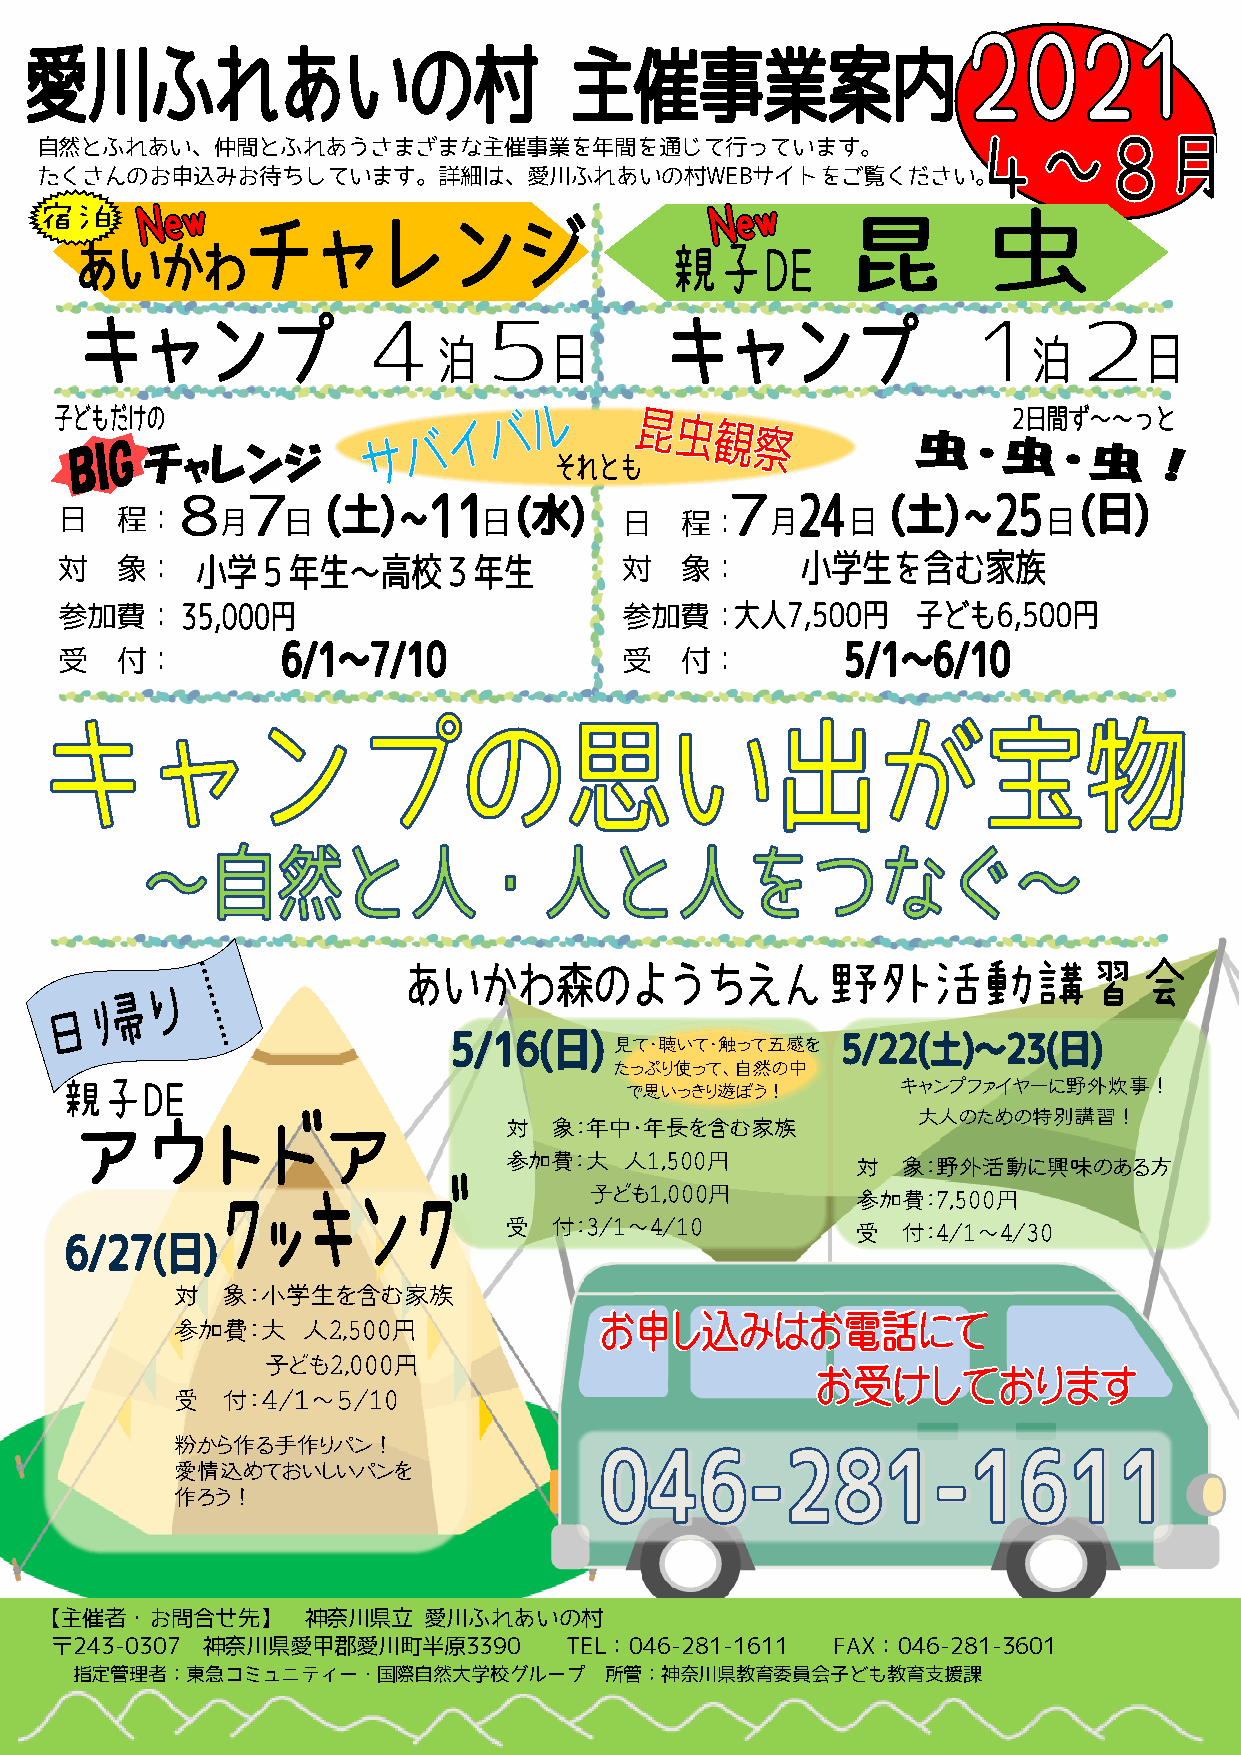
自然とふれあい、仲間とふれあうさまざまな主催事業を年間を通じて行っています。
 たくさんのお申込みお待ちしています。詳細は、愛川ふれあいの村WEBサイトをご覧ください。
 日   程：                               日   程：
 対   象：                               対   象：
 参加費：                                 参加費：
 受   付：                               受   付：
 見て・聴いて・触って五感を
 たっぷり使って、自然の中
 で思いっきり遊ぼう！
 キャンプファイヤーに野外炊事！
 大人のための特別講習！
 対   象：年中・年長を含む家族
 参加費：大   人1,500円         対  象：野外活動に興味のある方
 子ども1,000円         参加費：7,500円
 受   付：3/1～4/10          受  付：4/1～4/30
 対   象：小学生を含む家族
 参加費：大    人2,500円
 子ども2,000円
 受   付：４/１～５/10
 粉から作る手作りパン！
 愛情込めておいしいパンを
 作ろう！
 【主催者・お問合せ先】      神奈川県立   愛川ふれあいの村
 〒243-0307 神奈川県愛甲郡愛川町半原3390        TEL：046-281-1611  FAX：046-281-3601
 指定管理者：東急コミュニティー・国際自然大学校グループ        所管：神奈川県教育委員会子ども教育支援課